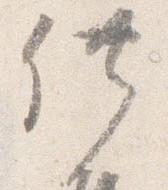
供